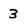
Character: 3